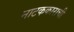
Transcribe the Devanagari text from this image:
नाटककाराची